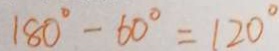
1 8 0 ^ { \circ } - 6 0 ^ { \circ } = 1 2 0 ^ { \circ }